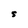
Character: S